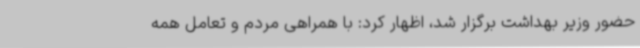
حضور وزیر بهداشت برگزار شد، اظهار کرد: با همراهی مردم و تعامل همه